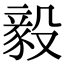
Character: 毅